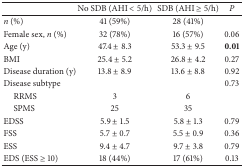
<table><thead><tr><td><b> </b></td><td><b>No SDB (AHI &lt; 5/h)</b></td><td><b>SDB (AHI ≥ 5/h)</b></td><td><b><i>P </i></b></td></tr></thead><tbody><tr><td><i>n</i> (%)</td><td>41 (59%)</td><td>28 (41%)</td><td> </td></tr><tr><td>Female sex, <i>n</i> (%)</td><td>32 (78%)</td><td>16 (57%)</td><td>0.06</td></tr><tr><td>Age (y)</td><td>47.4 ± 8.3</td><td>53.3 ± 9.5</td><td><b>0.01</b></td></tr><tr><td>BMI</td><td>25.4 ± 5.2</td><td>26.8 ± 4.2</td><td>0.27</td></tr><tr><td>Disease duration (y)</td><td>13.8 ± 8.9</td><td>13.6 ± 8.8</td><td>0.92</td></tr><tr><td>Disease subtype</td><td> </td><td> </td><td>0.73</td></tr><tr><td> RRMS</td><td>3</td><td>6</td><td> </td></tr><tr><td> SPMS</td><td>25</td><td>35</td><td> </td></tr><tr><td>EDSS</td><td>5.9 ± 1.5</td><td>5.8 ± 1.3</td><td>0.79</td></tr><tr><td>FSS</td><td>5.7 ± 0.7</td><td>5.5 ± 0.9</td><td>0.36</td></tr><tr><td>ESS</td><td>9.4 ± 4.7</td><td>9.7 ± 3.8</td><td>0.79</td></tr><tr><td>EDS (ESS ≥ 10)</td><td>18 (44%)</td><td>17 (61%)</td><td>0.13</td></tr></tbody></table>